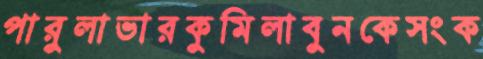
পারুলাভারকুমিলাবুনকেসংক